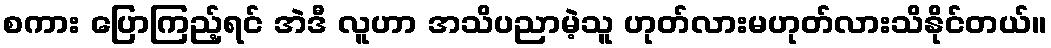
စကား ပြောကြည့်ရင် အဲဒီ လူဟာ အသိပညာမဲ့သူ ဟုတ်လားမဟုတ်လားသိနိုင်တယ်။